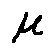
\mu